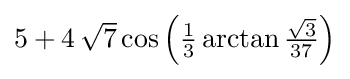
{\textstyle 5+4\,{\sqrt {7}}\cos \left({1 \over 3}\arctan {{\sqrt {3}} \over 37}\right)}